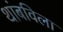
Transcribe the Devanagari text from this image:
थांबविला